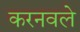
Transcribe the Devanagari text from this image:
करनवले